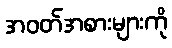
အဝတ်အစားများကို